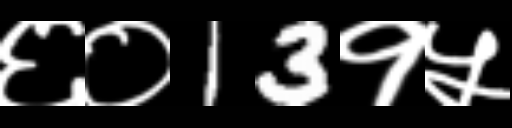
Text: ६०13१५